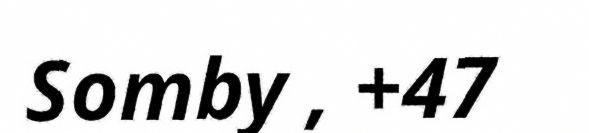
Somby , +47